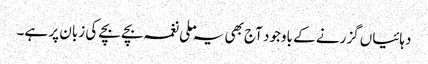
دہائیاں گزرنے کے باوجود آج بھی یہ ملی نغمہ بچے بچے کی زبان پر ہے۔